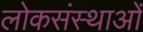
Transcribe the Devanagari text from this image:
लोकसंस्थाओं